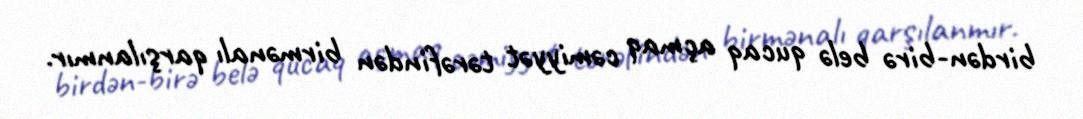
birdən-birə belə qucaq açmaq cəmiyyət tərəfindən birmənalı qarşılanmır.